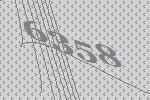
6358